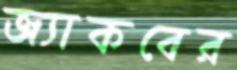
জ্যাকবের